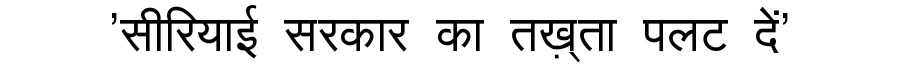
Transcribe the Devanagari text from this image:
'सीरियाई सरकार का तख़्ता पलट दें'